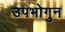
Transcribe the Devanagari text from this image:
उपभोगुन